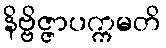
နိဗ္ဗိဇ္ဇာပက္ကမတိ